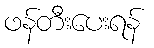
ဖန်တီးပေးရန်